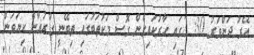
އޭރު ދަންވަރު 30: 2ގައި ހާރުކައިގެން ގޮސް މަކުތަބުގައި ތިބޭނީ ގުރުއާން ކިޔަވަން